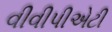
વીવીપીએટી